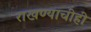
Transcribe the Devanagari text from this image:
राखण्याचीही